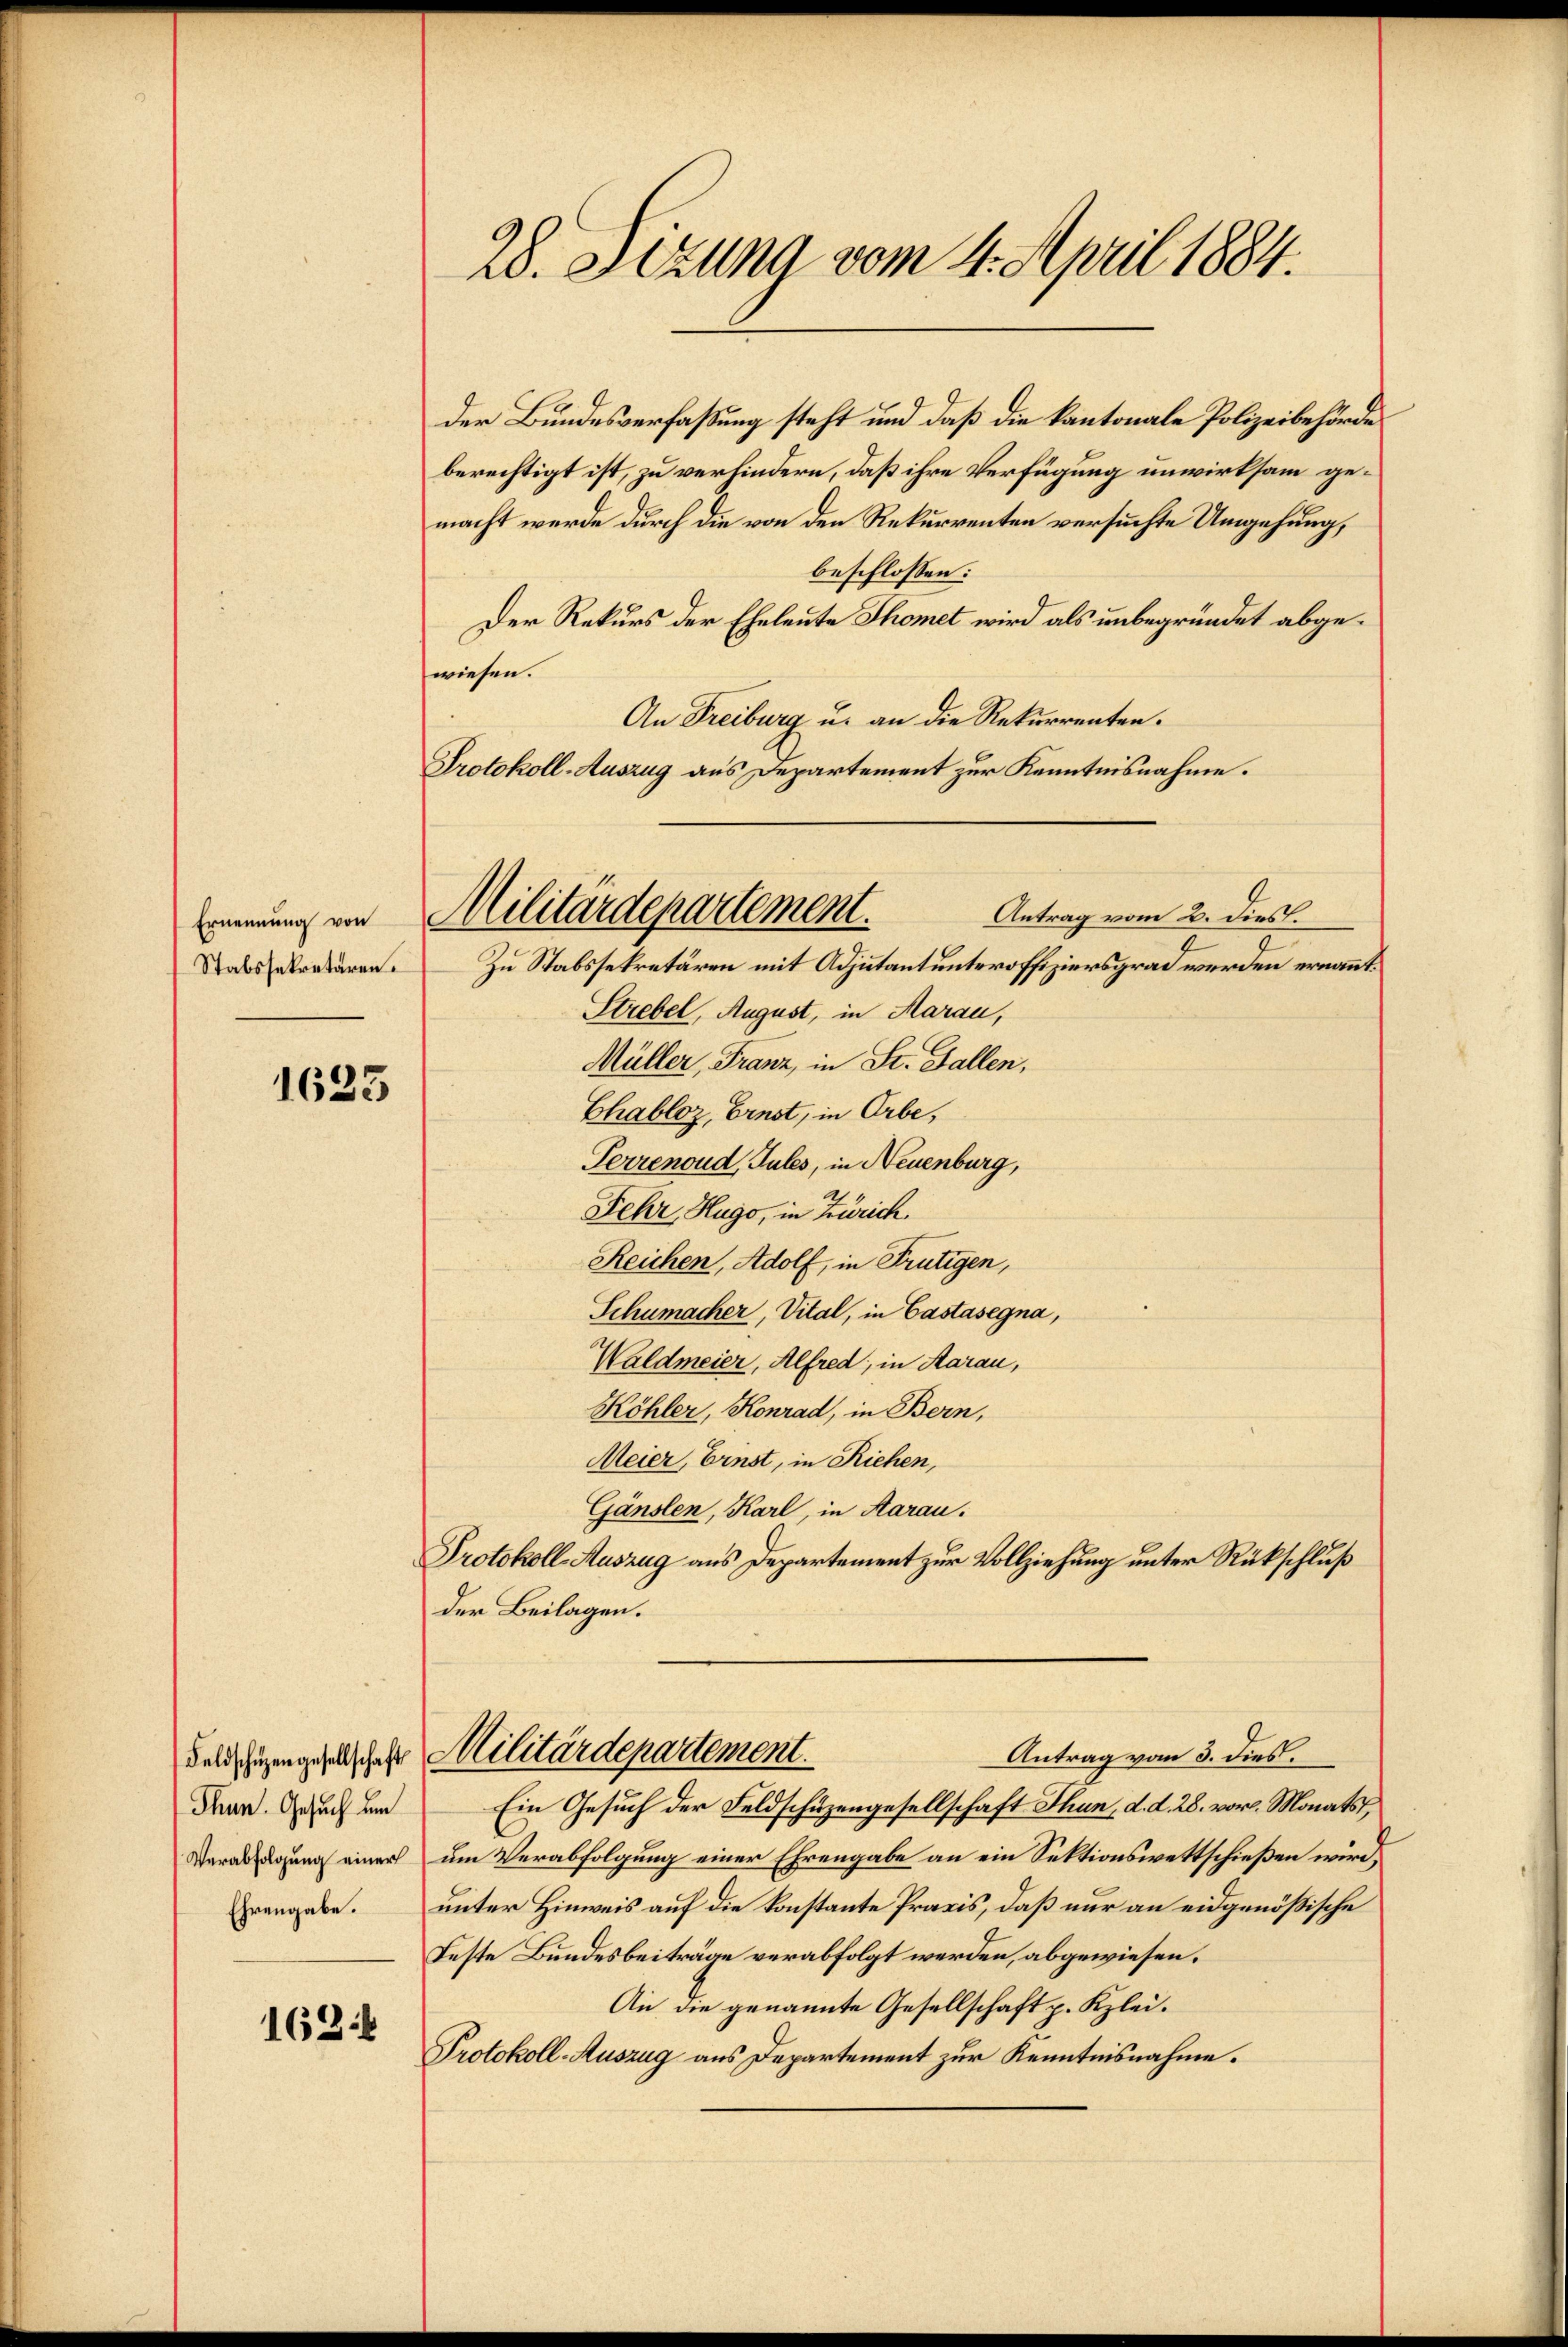
Ernennung von
Stabssekretären.

1623

Thun. Gesuch um
Verabfolgung einer

162.

28. Setzung vom 4. April 1884.

der Bundesverfaßung steht und daß die kantonale Polizeibehörde
berechtigt ist, zu verhindern, daß ihre Verfügung unwirksam gemacht werde durch die von den Rekurrenten versuchte Umgehung,
beschlossen:
Der Rekurs der Eheleute Thomet wird als unbegründet abgewiesen.
An Freiburg u. an die Rekurrenten.
Protokoll-Auszug aus Departement zur Kenntnisnahme.
Antrag vom 2. dies
Zu Stabssekretären mit Adjutantunteroffiziersgrad werden ernannt.
Strebel, August, in Aarau,
Müller, Franz, in St. Gallen,
Chabloz, Ernst, in Erbe,
Perrenoud, Jules, in Neuenburg,
Fehr, Hugo, in Zürich
Reichen, Adolf, in Frutigen,
Schumacher, Vital, in Castasegna,
Waldmeier, Alfred, in Aarau,
Köhler, Konrad, in Bern,
Meier, Ernst, in Riehen,
Gänslen, Karl, in Aarau
Protokoll-Auszug aus Departement zur Vollziehung unter Rückschluß
der Beilagen.
Antrag vom 3. dies.
Feld hiengesellschaft Militärdepartement.
Ein Gesuch der Feldschuzengesellschaft Thun, d. d. 28. vor. Monats,
um Verabfolgung einer Ehrengabe an ein Sektionswettschießen wird,
rangabe. unter Hinweis auf die konstante Praxis, daß nur an eidgenößische
Feste Bundesbeiträge verabfolgt werden, abgewiesen.
An die genannte Gesellschaft p. Klei¬
Protokoll-Auszug aus Departement zur Kenntnisnahme.

Militärdepartement.